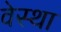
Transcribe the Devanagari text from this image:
वेस्था